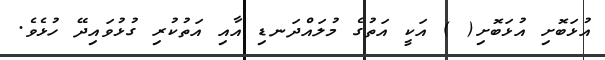
އުޅަބޮށި އުޅަބޮށި( ) އަކީ އަތުގެ މުލައްދަނޑި އާއި އަތުކުރި ގުޅުވައިދޭ ހުޅެވެ.